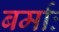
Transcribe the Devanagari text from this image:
बर्माः